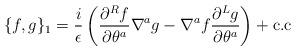
LaTeX: \begin{align*}\{ f,g\}_1 = \frac{i}{\epsilon}\left ( \frac{\partial ^R f}{\partial \theta^a} \nabla^{a}g - \nabla^{a}f \frac{\partial^L g }{\partial\theta^a } \right ) +{\rm c.c} \end{align*}